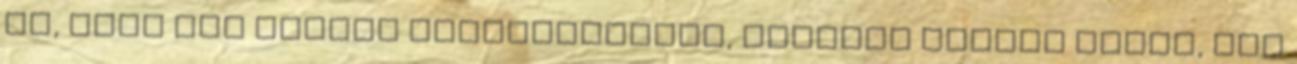
is, akik nem voltak csodagyerekek, például Philip Glass, aki